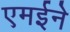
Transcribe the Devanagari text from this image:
एमईने